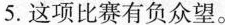
5.这项比赛有负众望.